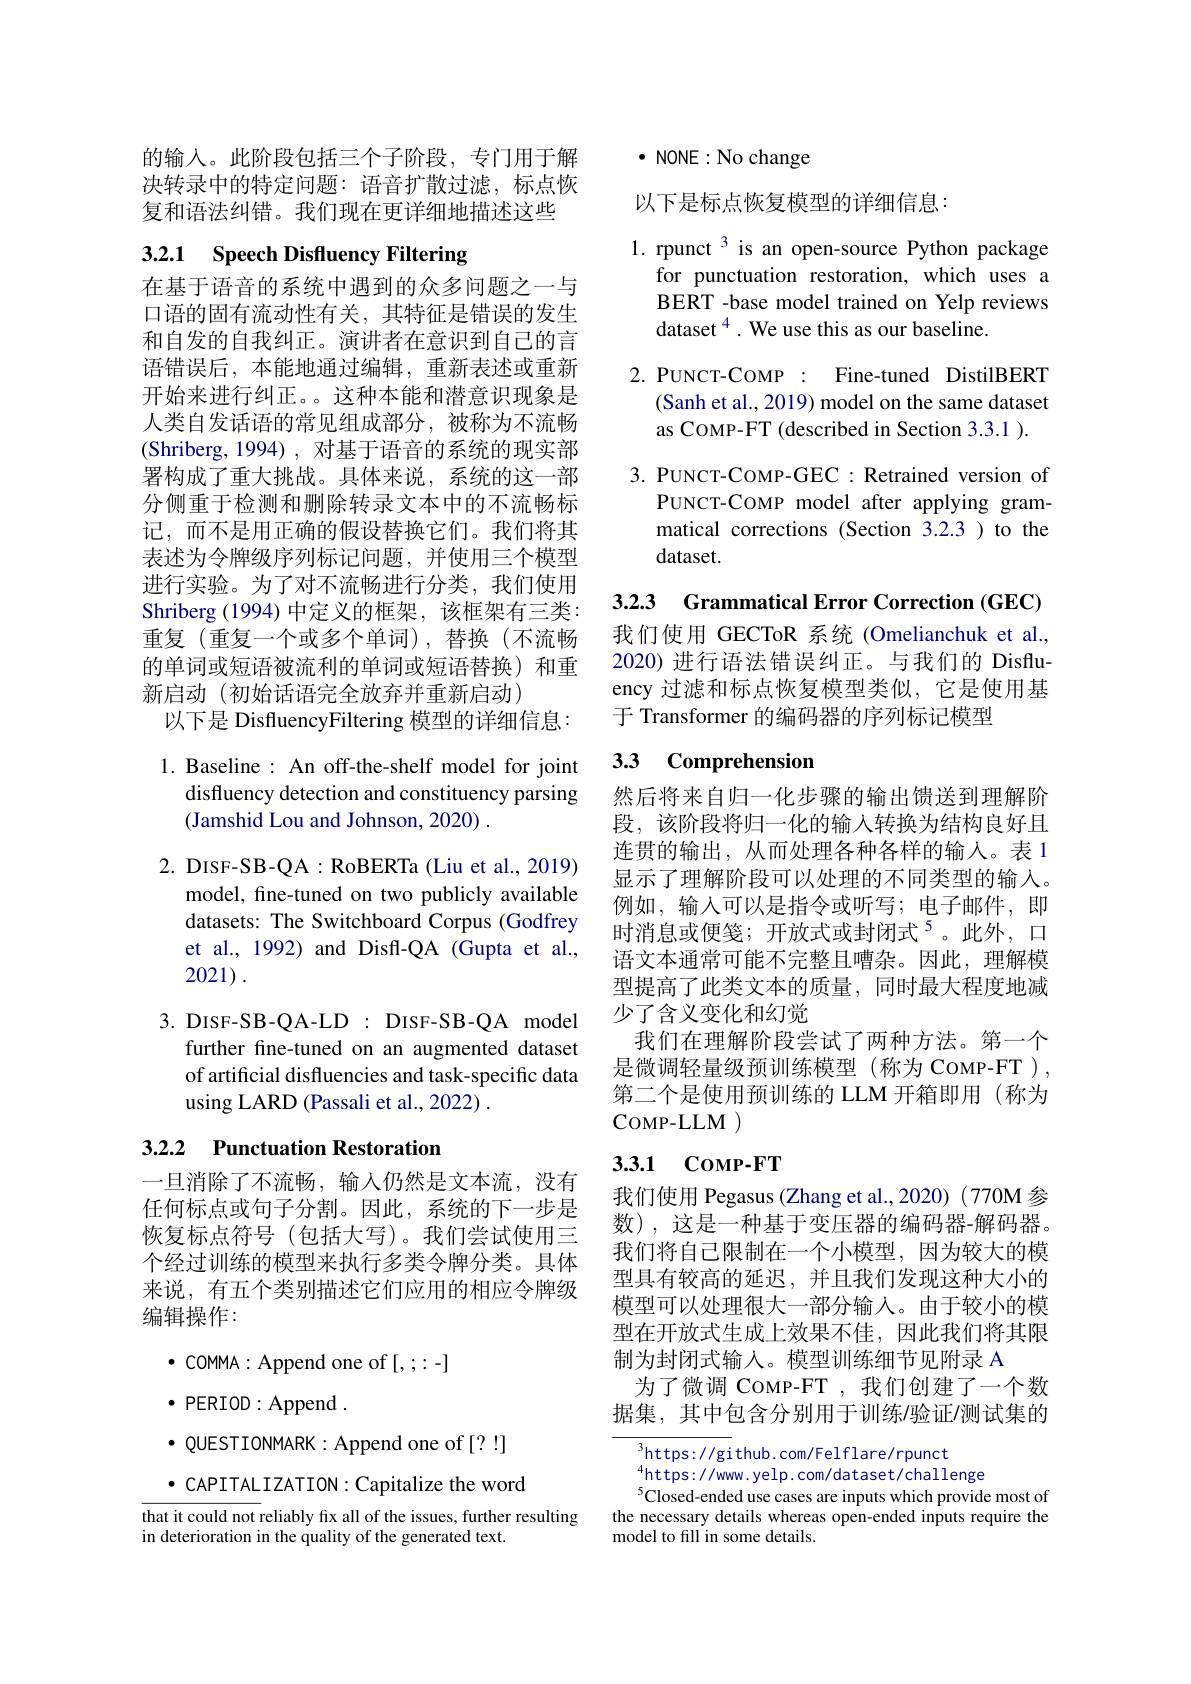
的输入。此阶段包括三个子阶段，专门用于解决转录中的特定问题：语音扩散过滤，标点恢复和语法纠错。我们现在更详细地描述这些

# 3.2.1 Speech Disfluency Filtering

在基于语音的系统中遇到的众多问题之一与口语的固有流动性有关，其特征是错误的发生和自发的自我纠正。演讲者在意识到自己的言语错误后，本能地通过编辑，重新表述或重新开始来进行纠正。。这种本能和潜意识现象是人类自发话语的常见组成部分，被称为不流畅(Shriberg,1994),对基于语音的系统的现实部署构成了重大挑战。具体来说，系统的这一部分侧重于检测和删除转录文本中的不流畅标记，而不是用正确的假设替换它们。我们将其表述为令牌级序列标记问题，并使用三个模型进行实验。为了对不流畅进行分类，我们使用Shriberg (1994) 中定义的框架，该框架有三类： 重复(重复一个或多个单词),替换(不流畅的单词或短语被流利的单词或短语替换)和重新启动(初始话语完全放弃并重新启动)
以下是 DisfluencyFiltering 模型的详细信息：

1. Baseline : An off-the-shelf model for joint
disfluency detection and constituency parsing
(Jamshid Lou and Johnson, 2020) .

2. DISF-SB-QA : RoBERTa (Liu et al., 2019)
model, fine-tuned on two publicly available datasets: The Switchboard Corpus (Godfrey et al., 1992) and Disfl-QA (Gupta et al., 2021).

3. DISF-SB-QA-LD: DISF-SB-QA model

further fine-tuned on an augmented dataset

of artificial disfluencies and task-specific data

using LARD (Passali et al., 2022) .

## 3.2.2 Punctuation Restoration

一旦消除了不流畅，输入仍然是文本流，没有任何标点或句子分割。因此，系统的下一步是恢复标点符号(包括大写)。我们尝试使用三个经过训练的模型来执行多类令牌分类。具体来说，有五个类别描述它们应用的相应令牌级编辑操作：
$\bullet$ COMMA:Append one of[,;:-]
$\bullet$ PERIOD:Append.
$\bullet$ QUESTIONMARK: Append one of [?!]
$\bullet$ CAPITALIZATION: Capitalize the word
$\overline{\text{that it could not reliably fix all of the issues, further resulting}}$
in deterioration in the quality of the generated text.

$\cdot$ NONE : No change

以下是标点恢复模型的详细信息：

1. rpunct 3 is an open-source Python package
for punctuation restoration, which uses a BERT -base model trained on Yelp reviews dataset$^{4}$. We use this as our baseline.
2. PUNCT-COMP : Fine-tuned DistilBERT
(Sanh et al., 2019) model on the same dataset
as COMP-FT (described in Section 3.3.1 ).
3. PUNCT-COMP-GEC: Retrained version of
PUNCT-COMP model after applying grammatical corrections (Section 3.2.3) to the dataset.

3.2.3 Grammatical Error Correction (GEC)

我们使用 GECToR 系统 (Omelianchuk et al., 2020) 进行语法错误纠正。与我们的 Disfluency 过滤和标点恢复模型类似，它是使用基于 Transformer 的编码器的序列标记模型

## 3.3 Comprehension

然后将来自归一化步骤的输出馈送到理解阶段，该阶段将归一化的输入转换为结构良好且连贯的输出，从而处理各种各样的输入。表 1显示了理解阶段可以处理的不同类型的输入。例如，输入可以是指令或听写；电子邮件，即时消息或便笺；开放式或封闭式$^{5}$。此外，口语文本通常可能不完整且嘈杂。因此，理解模型提高了此类文本的质量，同时最大程度地减少了含义变化和幻觉
我们在理解阶段尝试了两种方法。第一个是微调轻量级预训练模型(称为COMP-FT), 第二个是使用预训练的 LLM 开箱即用 (称为CoMP- LLM

## 3.3.1 CoMP-FT

我们使用 Pegasus (Zhang et al.,2020) (770M 参数),这是一种基于变压器的编码器-解码器。我们将自己限制在一个小模型，因为较大的模型具有较高的延迟，并且我们发现这种大小的模型可以处理很大一部分输入。由于较小的模型在开放式生成上效果不佳，因此我们将其限制为封闭式输入。模型训练细节见附录 A
为了微调 COMP-FT ,我们创建了一个数据集，其中包含分别用于训练/验证/测试集的

$^3$https: / / gi thub. com/ Fel flare/ rpunct
$^{4}$https://www.yelp.com/dataset/challenge
$^{5}$Closed-ended use cases are inputs which provide most of the necessary details whereas open-ended inputs require the model to fill in some details.